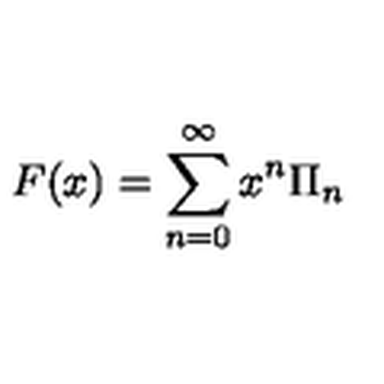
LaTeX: F ( x ) = \sum _ { n = 0 } ^ { \infty } x ^ { n } \Pi _ { n }